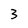
Character: 3